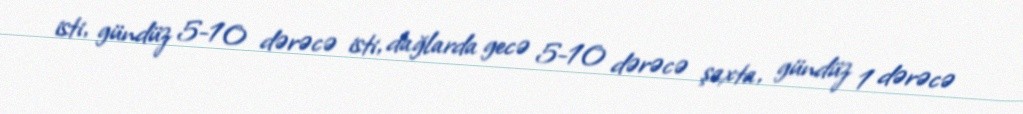
isti, gündüz 5-10 dərəcə isti, dağlarda gecə 5-10 dərəcə şaxta, gündüz 1 dərəcə